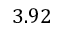
3 . 9 2